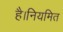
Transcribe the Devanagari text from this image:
है।नियमित